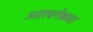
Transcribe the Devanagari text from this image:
अराधनेश्रवर